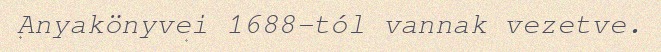
Anyakönyvei 1688-tól vannak vezetve.